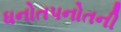
ધનોતપનોતની